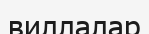
виллалар